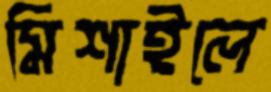
মিশাইলে